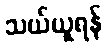
သယ်ယူရန်